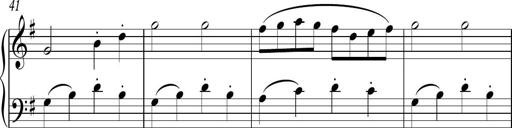
Title: Sonatina
Composer: Kemble Stout
Key: G major